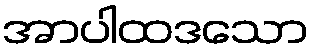
အာပါထဒသော